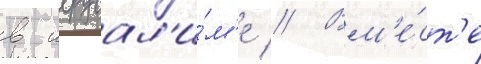
в иерусал'и́м'е // Вм'е́ст'е